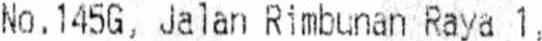
NO. 145G, JALAN RIMBUNAN RAYA 1,